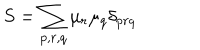
S = \sum _ { p , r , q } \mu _ { r } \mu _ { q } \delta _ { p r q }